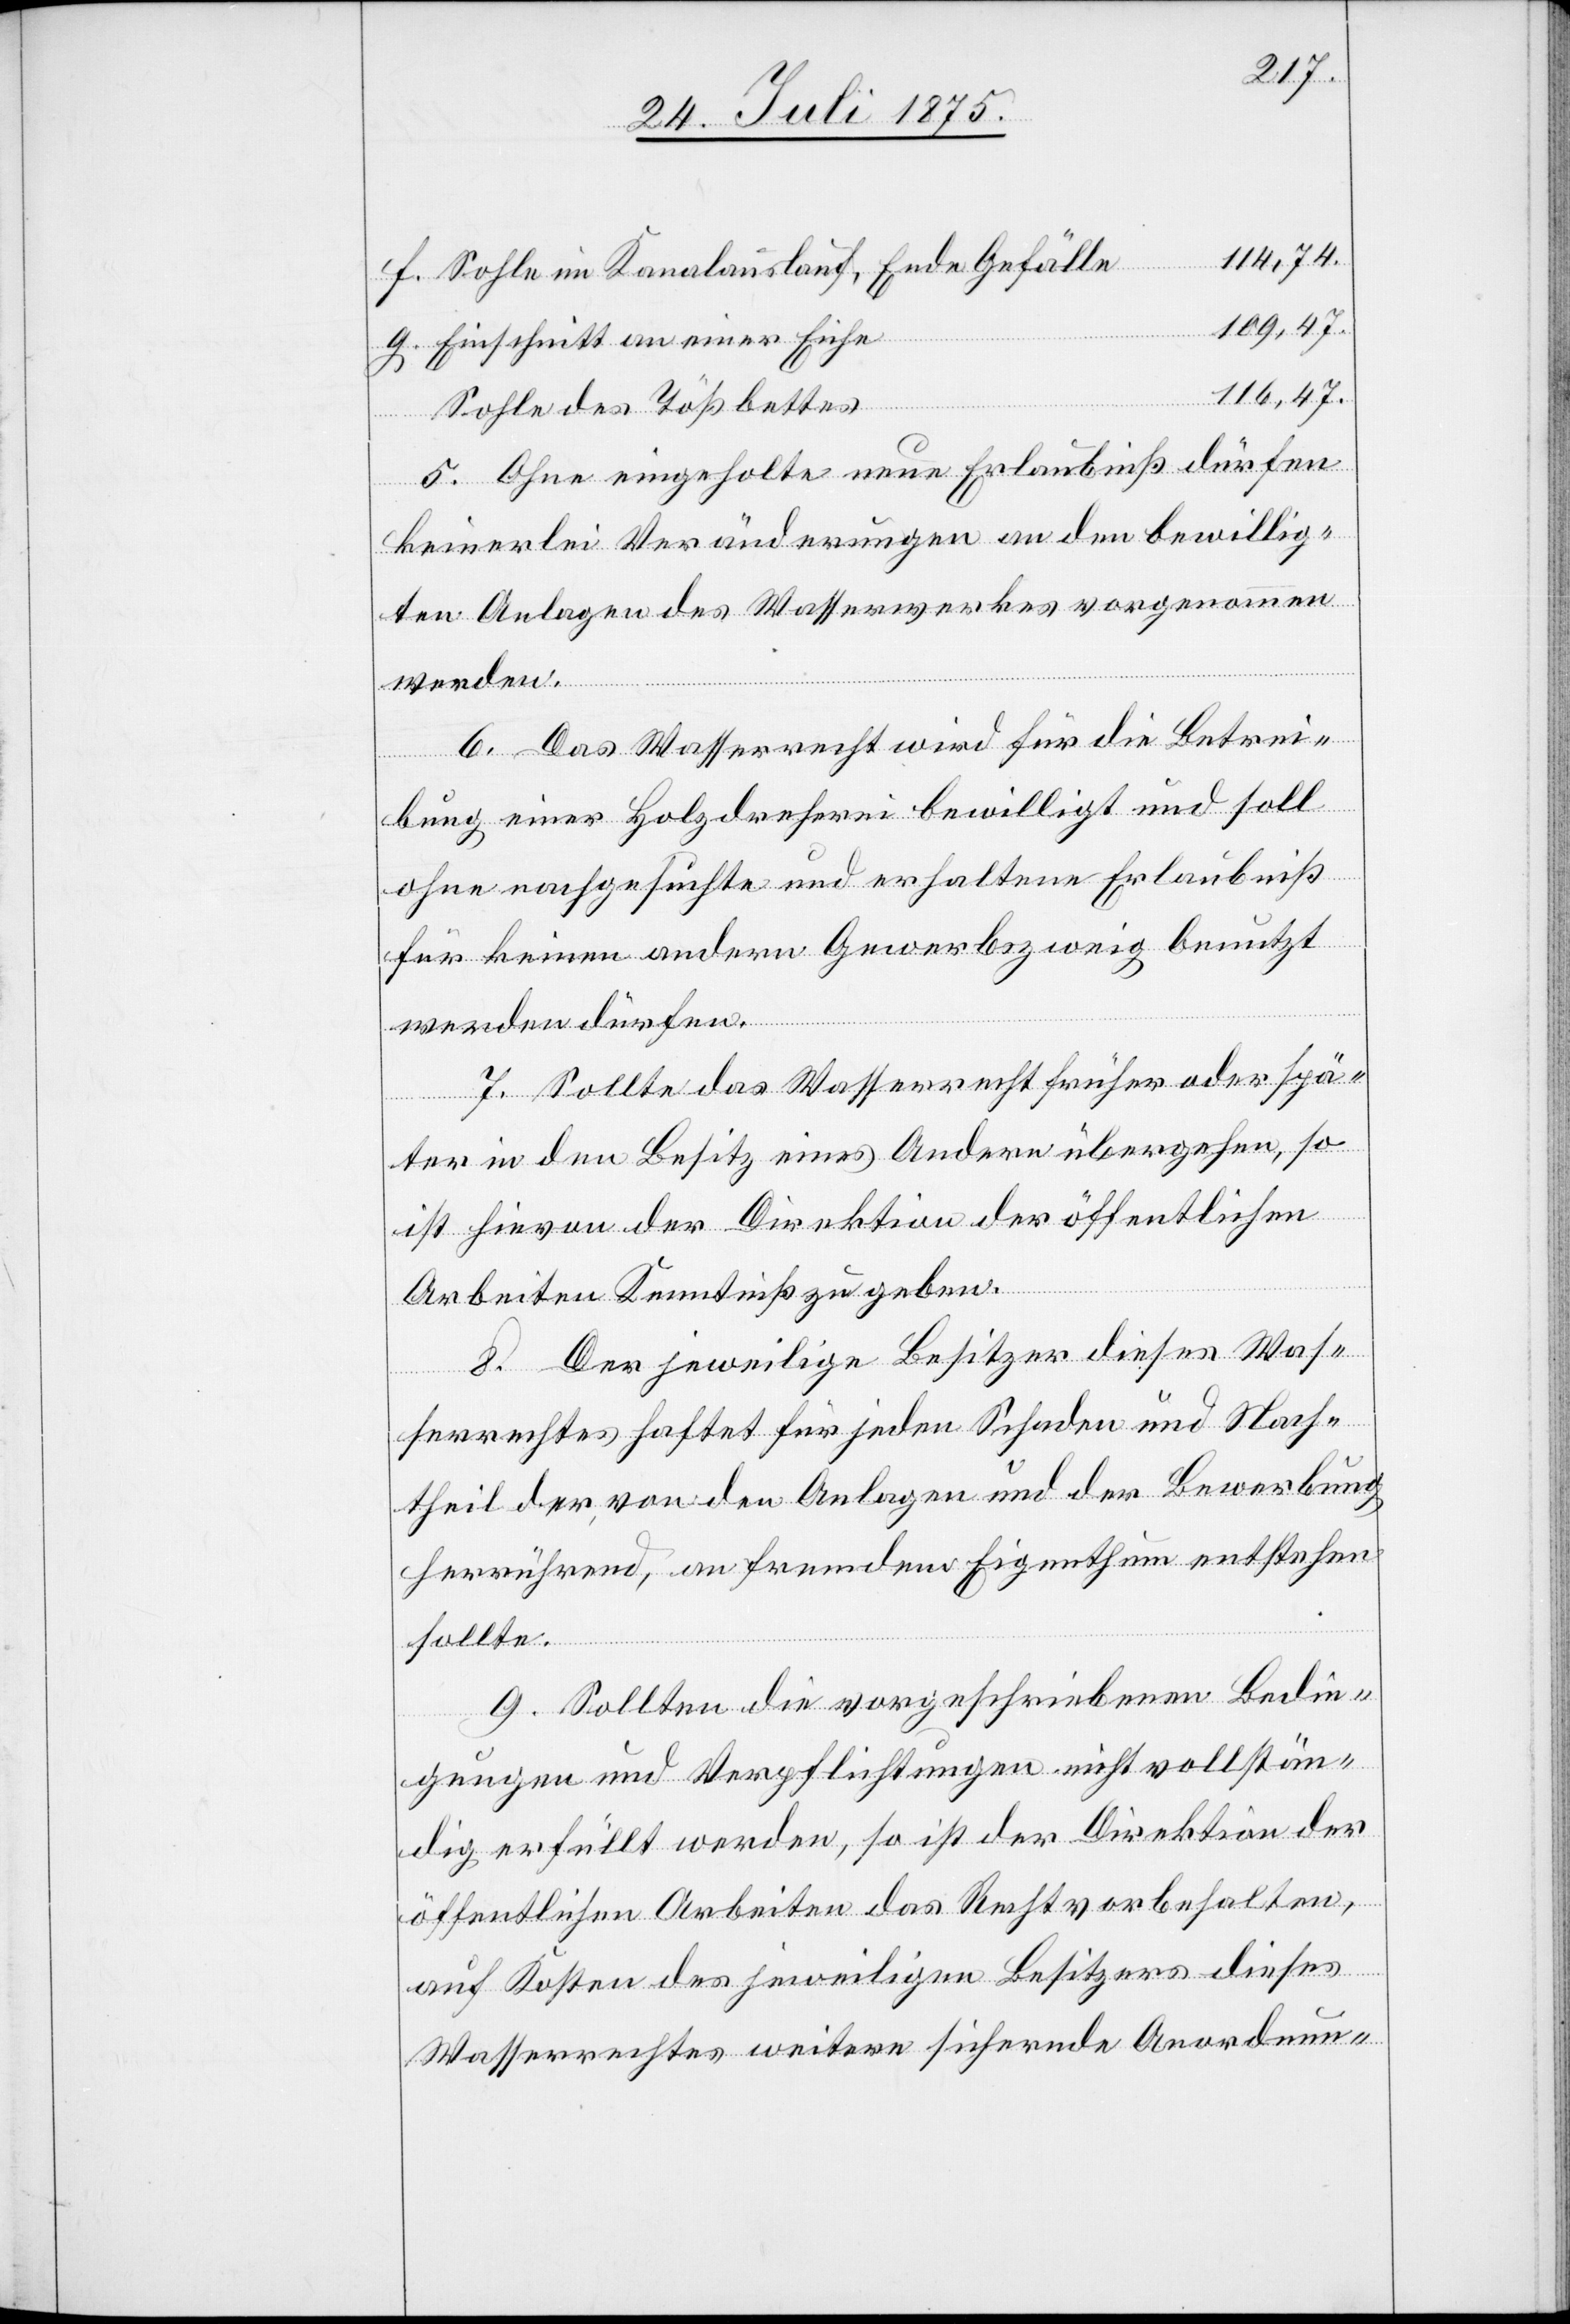
114,74.
Sohle im Kanalauslauf, Ende Gefälle
109,47.
Einschnitt an einer Eiche
116,47.
Sohle des Tößbettes
5. Ohne eingeholte neue Erlaubniß dürfen
keinerlei Veränderungen an den bewillig¬
ten Anlagen des Wasserwerkes vorgenommen
werden.
6. Das Wasserrecht wird für die Betrei¬
bung einer Holzdrescherei bewilligt und soll
ohne nachgesuchte und erhaltene Erlaubniß
für keinen andern Gewerbszweig benutzt
werden dürfen.
7. Sollte das Wasserrecht früher oder spä¬
g.
ter in den Besitz eines Andern übergehen, so
ist hievon der Direktion der öffentlichen
Arbeiten Kenntniß zu geben.
8. Der jeweilige Besitzer dieses Was¬
serrechtes haftet für jeden Schaden und Nach¬
theil der von den Anlagen und der Bewerbung
herrührend, an fremdem Eigenthum entstehen
sollte.
9. Sollten die vorgeschriebenen Bedin¬
gungen und Verpflichtungen nicht vollstän¬
dig erfüllt werden, so ist der Direktion der
öffentlichen Arbeiten das Recht vorbehalten,
auf Kosten des jeweiligen Besitzers dieses
Wasserrechtes weitere sichernde Anordnun-